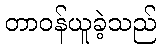
တာဝန်ယူခဲ့သည်